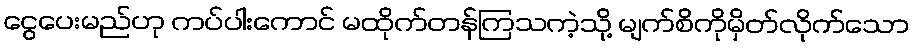
ငွေပေးမည်ဟု ကပ်ပါးကောင် မထိုက်တန်ကြသကဲ့သို့ မျက်စိကိုမှိတ်လိုက်သော